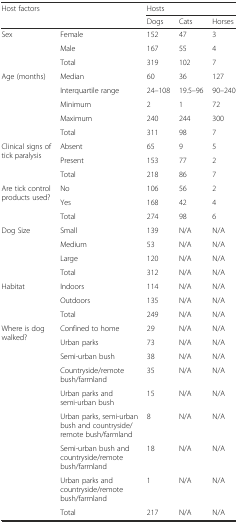
| <ROWSPAN=2-COLSPAN=2> Host factors | <COLSPAN=3> Hosts |
 | Dogs | Cats | Horses |
 | --- | --- | --- | --- | --- |
 | Sex | Female | 152 | 47 | 3 |
 |  | Male | 167 | 55 | 4 |
 |  | Total | 319 | 102 | 7 |
 | <ROWSPAN=5> Age (months) | Median | 60 | 36 | 127 |
 | Interquartile range | 24–108 | 19.5–96 | 90–240 |
 | Minimum | 2 | 1 | 72 |
 | Maximum | 240 | 244 | 300 |
 | Total | 311 | 98 | 7 |
 | <ROWSPAN=3> Clinical signs of tick paralysis | Absent | 65 | 9 | 5 |
 | Present | 153 | 77 | 2 |
 | Total | 218 | 86 | 7 |
 | <ROWSPAN=3> Are tick control products used? | No | 106 | 56 | 2 |
 | Yes | 168 | 42 | 4 |
 | Total | 274 | 98 | 6 |
 | <ROWSPAN=4> Dog Size | Small | 139 | N/A | N/A |
 | Medium | 53 | N/A | N/A |
 | Large | 120 | N/A | N/A |
 | Total | 312 | N/A | N/A |
 | <ROWSPAN=3> Habitat | Indoors | 114 | N/A | N/A |
 | Outdoors | 135 | N/A | N/A |
 | Total | 249 | N/A | N/A |
 | <ROWSPAN=9> Where is dog walked? | Confined to home | 29 | N/A | N/A |
 | Urban parks | 73 | N/A | N/A |
 | Semi-urban bush | 38 | N/A | N/A |
 | Countryside/remote bush/farmland | 35 | N/A | N/A |
 | Urban parks and semi-urban bush | 15 | N/A | N/A |
 | Urban parks, semi-urban bush and countryside/remote bush/farmland | 8 | N/A | N/A |
 | Semi-urban bush and countryside/remote bush/farmland | 18 | N/A | N/A |
 | Urban parks and countryside/remote bush/farmland | 1 | N/A | N/A |
 | Total | 217 | N/A | N/A |